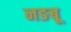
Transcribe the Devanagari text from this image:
नङबू